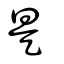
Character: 是